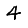
Digit: 4